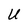
Character: U